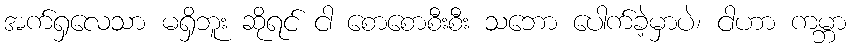
အက်ရှလေသာ မရှိဘူး ဆိုရင် ငါ စောစောစီးစီး သဘော ပေါက်ခဲ့မှာပဲ၊ ငါဟာ ကမ္ဘာ